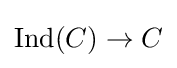
\operatorname {Ind} (C)\to C